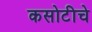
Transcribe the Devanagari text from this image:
कसोटीचे